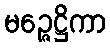
မဉ္ဇေဋ္ဌိကာ